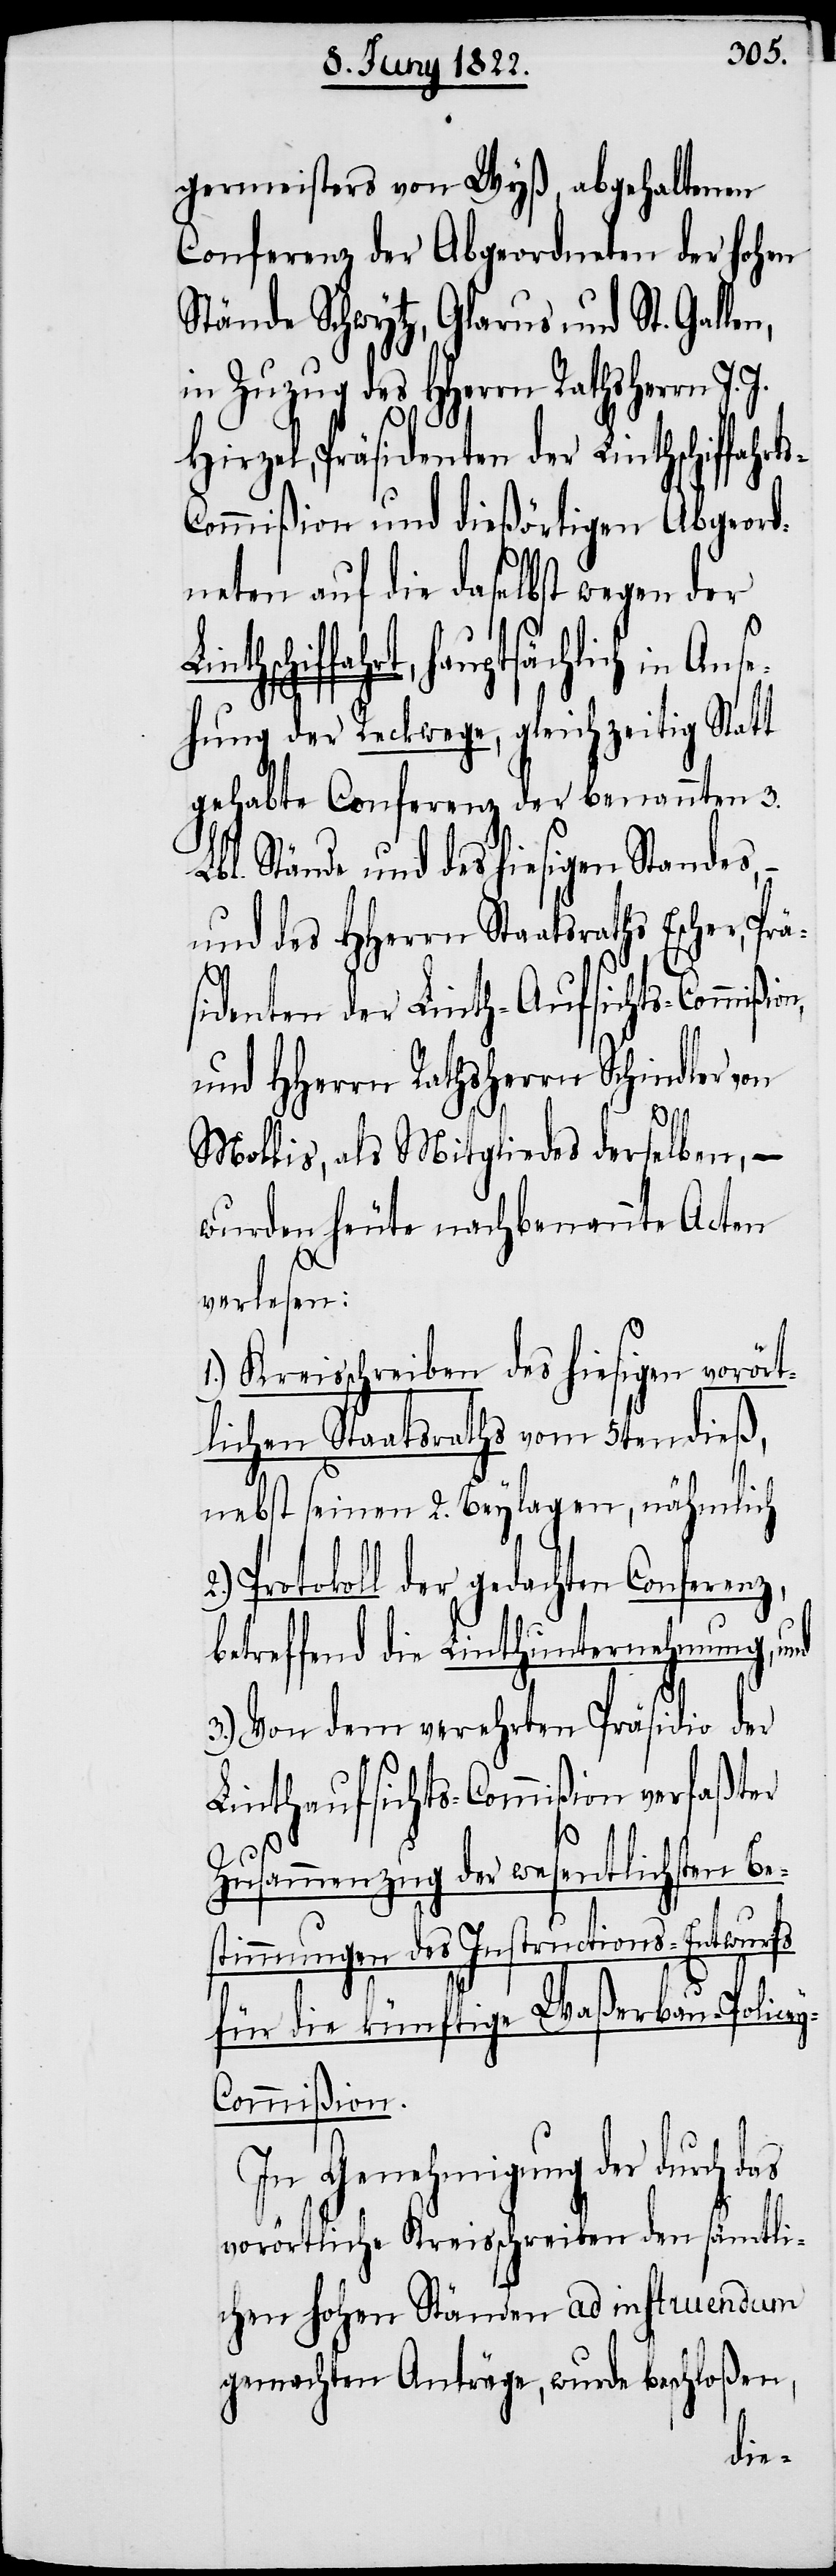
germeisters von Wyß, abgehaltenen
Conferenz der Abgeordneten der hohen
Stände Schwytz, Glarus und St. Galle¬
in Zuzug des HHerrn Rathsherrn J.
Hirzel, Präsidenten der Linthschiffah¬
ommißion und dießörtigen Abgeord¬
neten auf die daselbst wegen der
hschiffahrt, hauptsächlich in An¬
hung der Reckwege, gleichzeitig Statt
gehabte Conferenz der benannten 3.
Lbl. Stände und des hiesigen Standes,
und des HHerrn Staatsraths Escher,
sidenten der Linth-Aufsichts-Commiß¬
und HHerrn Rathsherrn Schindler von
ion,
Mollis, als Mitgliedes derselben, –
wurden heute nachbenannte Acten
b¬
verlesen:
1.) Kreisschreiben des hiesigen vorört¬
lichen Staatsraths vom 5ten dieß,
nebst seinen 2. Beylagen, nämlich
Protokoll der gedachten Conferen¬
etreffend die Linthunternehmung, und
3.) Von dem verehrten Präsidio der
Linthaufsichts-Commißion verfaßter
Zusammenzug der wesentlichsten Be¬
stimmungen des Instructions-Entwurfs
für die künftige Waßerbau-Police¬
y-Commißion.
In Genehmigung der durch
vorörtliche Kreisschreiben den sämtli¬
chen hohen Ständen ad instruendum
gemachten Anträge, wurde beschloßen,